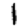
Digit: 1